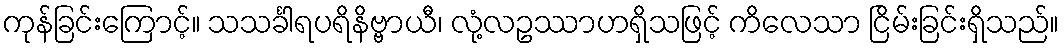
ကုန်ခြင်းကြောင့်။ သသင်္ခါရပရိနိဗ္ဗာယီ၊ လုံ့လဥဿာဟရှိသဖြင့် ကိလေသာ ငြိမ်းခြင်းရှိသည်။